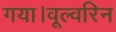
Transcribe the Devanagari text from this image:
गया।वूल्वरिन